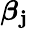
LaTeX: \boldsymbol{\beta}_{\boldsymbol{\mathbf{j}}}